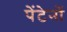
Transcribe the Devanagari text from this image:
पेंटेनों